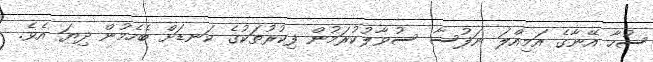
ސުހާ އޭނާގެ އަމިއްލަ ނަފުސާ ސުވާލުކުރަމުން ފިކުރުތަކުގެ ކަނޑަށް ބެހެމުން ދިޔަ އެވެ.